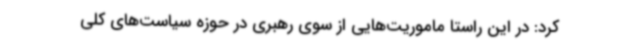
کرد: در این راستا ماموریت‌هایی از سوی رهبری در حوزه سیاست‌های کلی